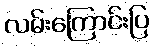
လမ်းကြောင်းပြ